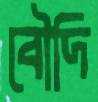
বৌদি